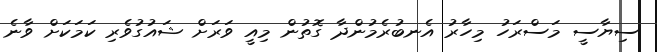
ސިޔާސީ މަސްރަހު މިހާރު އެނބުރެމުންދާ ގޮތުން މިއީ ވަރަށް ޝައުގުވެރި ކަމަކަށް ވާނެ